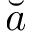
\breve { a }